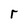
Character: r